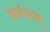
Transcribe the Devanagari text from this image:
कांडम्